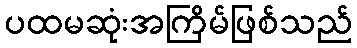
ပထမဆုံးအကြိမ်ဖြစ်သည်